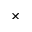
\times